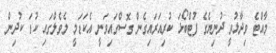
މާއްޓެ ވިދާޅުވީ ދުނިޔެގެ ފުޓްބޯޅަ ކުރިއަރައިގެން ގޮސްގައިވަނީ އެކަޑަމީ ލެވެލްގައި ކުޑަ ކުދިން